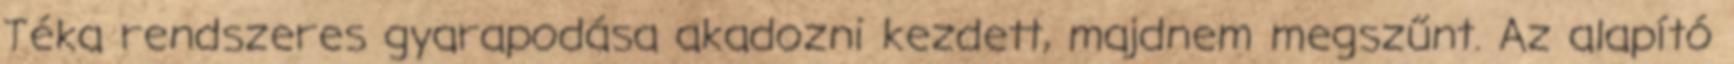
Téka rendszeres gyarapodása akadozni kezdett, majdnem megszűnt. Az alapító